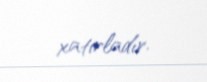
xatırladır.